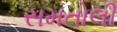
સમતોલી